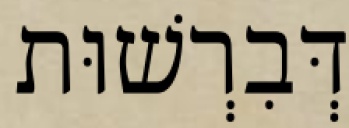
דְּבִרְשׁוּת